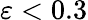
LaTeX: \varepsilon<0.3